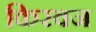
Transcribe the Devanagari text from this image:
किरवज